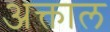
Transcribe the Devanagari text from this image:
अक्ताल